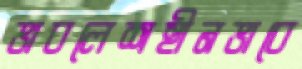
ভাবলেশহীনভাবে